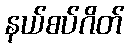
နယ်စပ်ဂိတ်